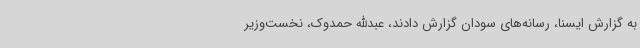
به گزارش ایسنا، رسانه‌های سودان گزارش دادند، عبدالله حمدوک، نخست‌وزیر